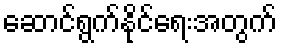
ဆောင်ရွက်နိုင်ရေးအတွက်